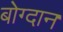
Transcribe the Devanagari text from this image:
बोग्दान